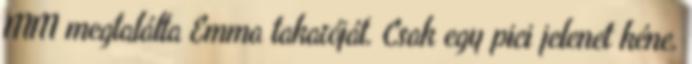
MM megtalálta Emma takaróját. Csak egy pici jelenet kéne,